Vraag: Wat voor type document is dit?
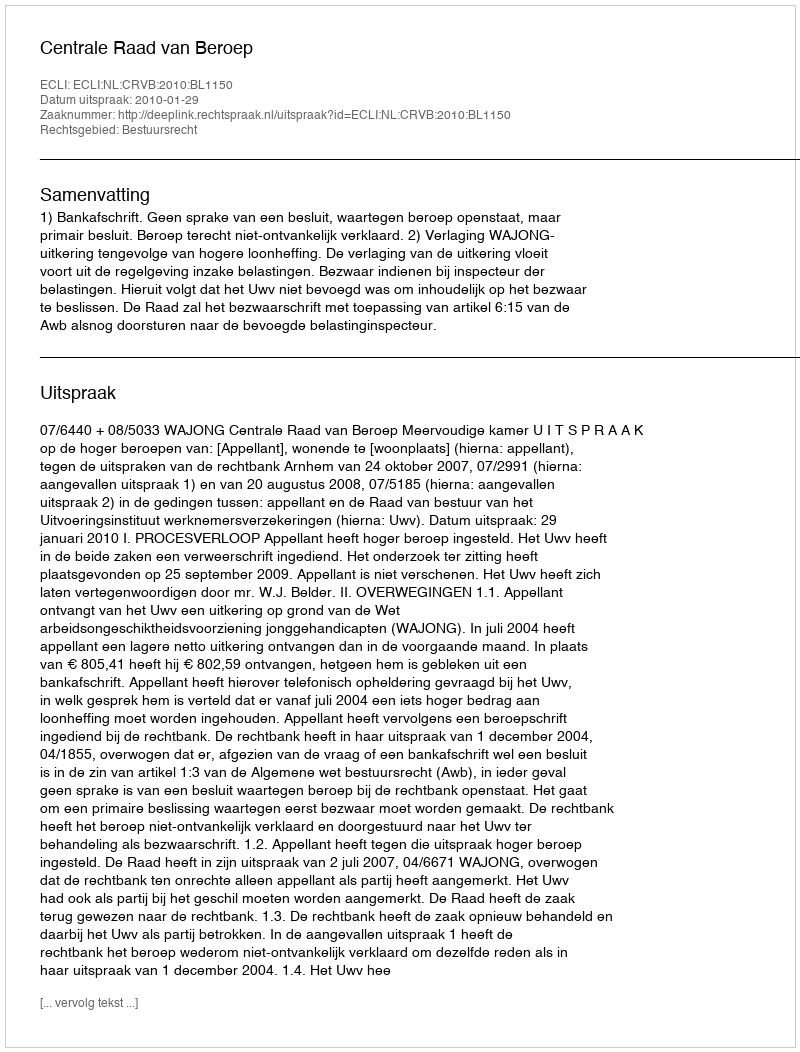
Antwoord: Uitspraak